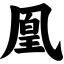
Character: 凰